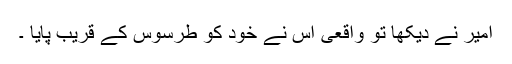
امیر نے دیکھا تو واقعی اس نے خود کو طرسوس کے قریب پایا ۔